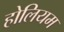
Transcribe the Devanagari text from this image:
होलियम